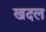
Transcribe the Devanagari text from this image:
खदल